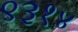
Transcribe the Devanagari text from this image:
९३१४